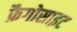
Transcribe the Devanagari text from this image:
फ़ैगोसाइट